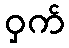
ဝှက်